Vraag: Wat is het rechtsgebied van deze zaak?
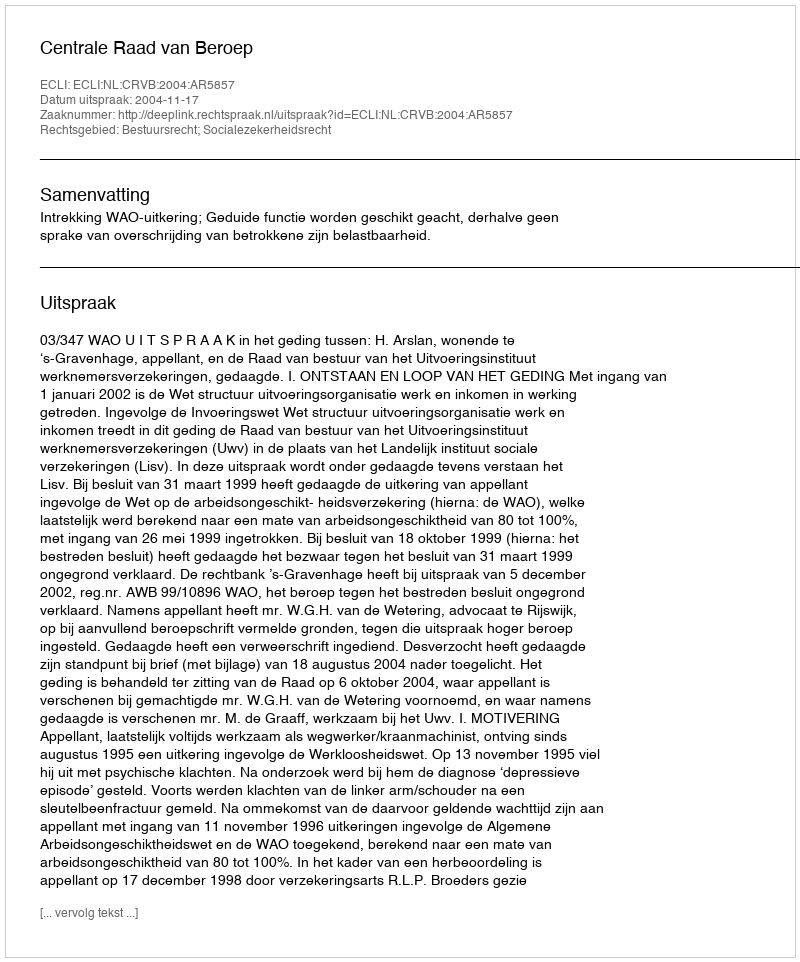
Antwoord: Bestuursrecht; Socialezekerheidsrecht